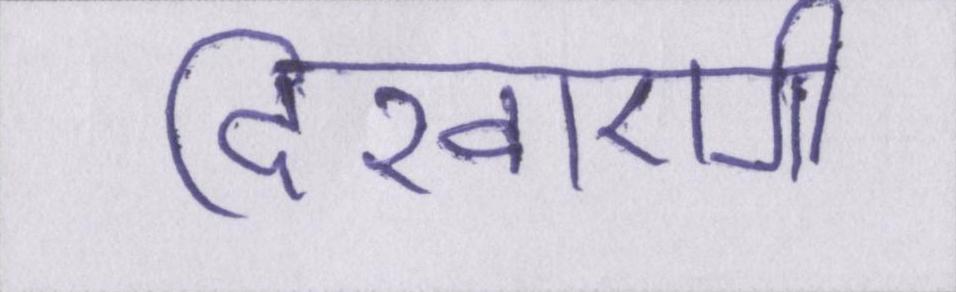
दिखाएंगी